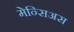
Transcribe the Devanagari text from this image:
मेन्सिअस